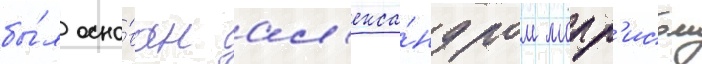
бы́л осно́ван ал'екса́ндром морр'исом